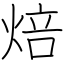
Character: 焙